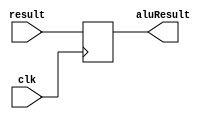
`timescale 1ns / 1ps
//////////////////////////////////////////////////////////////////////////////////
// Company: 
// Engineer: 
// 
// Design Name: 
// Module Name: AluResult
// Project Name: 
// Target Devices: 
// Tool Versions: 
// Description: 
// 
// Dependencies: 
// 
// Revision:
// Revision 0.01 - File Created
// Additional Comments:
// 
//////////////////////////////////////////////////////////////////////////////////


module AluResult(input [31:0] result,        //alu
                input clk,
                output reg[31:0] aluResult);                 
    always @(posedge clk) begin  
        aluResult = result;  
    end  
endmodule